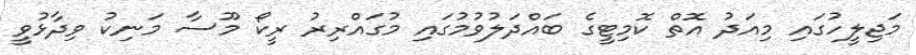
މަޖިލީހުގައި މިއަދު އޮތް ކޮމިޓީގެ ބައްދަލުވުމުގައި މުގައްރިރު ރީކޯ މޫސާ މަނިކު ވިދާޅުވީ